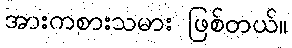
အားကစားသမား ဖြစ်တယ်။